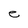
Character: e